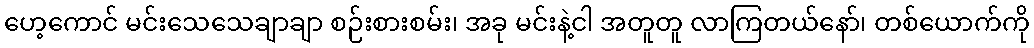
ဟေ့ကောင် မင်းသေသေချာချာ စဉ်းစားစမ်း၊ အခု မင်းနဲ့ငါ အတူတူ လာကြတယ်နော်၊ တစ်ယောက်ကို